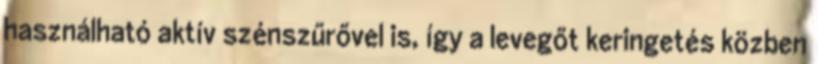
használható aktív szénszűrővel is, így a levegőt keringetés közben